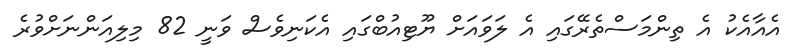
އެއާއެކު އެ ތިންމަސްތެރޭގައި އެ ލަވައަށް ޔޫޓިއުބްގައި އެކަނިވެސް ވަނީ 82 މިލިއަންނަށްވުރެ